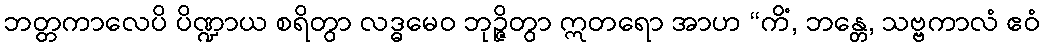
ဘတ္တကာလေပိ ပိဏ္ဍာယ စရိတွာ လဒ္ဓမေဝ ဘုဉ္ဇိတွာ ဣတရော အာဟ “ကိံ, ဘန္တေ, သဗ္ဗကာလံ ဧဝံ